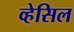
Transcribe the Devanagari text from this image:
व्हेसिल